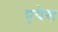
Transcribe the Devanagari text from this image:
एयेस